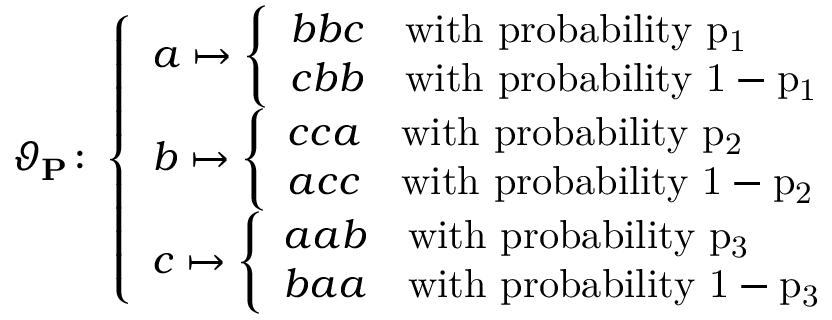
\vartheta _ { \mathbf { P } } \colon \left\{ \begin{array} { l l } { a \mapsto \left\{ \begin{array} { l l } { b b c } & { \mathrm { w i t h ~ p r o b a b i l i t y ~ p _ 1 ~ } } \\ { c b b } & { \mathrm { w i t h ~ p r o b a b i l i t y ~ 1 - p _ 1 ~ } } \end{array} \right. } \\ { b \mapsto \left\{ \begin{array} { l l } { c c a } & { \mathrm { w i t h ~ p r o b a b i l i t y ~ p _ 2 ~ } } \\ { a c c } & { \mathrm { w i t h ~ p r o b a b i l i t y ~ 1 - p _ 2 ~ } } \end{array} \right. } \\ { c \mapsto \left\{ \begin{array} { l l } { a a b } & { \mathrm { w i t h ~ p r o b a b i l i t y ~ p _ 3 ~ } } \\ { b a a } & { \mathrm { w i t h ~ p r o b a b i l i t y ~ 1 - p _ 3 ~ } } \end{array} \right. } \end{array} \right.